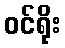
ဝင်ရိုး